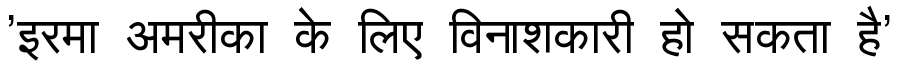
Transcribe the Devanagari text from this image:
'इरमा अमरीका के लिए विनाशकारी हो सकता है'